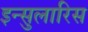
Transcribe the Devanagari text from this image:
इन्सुलारिस